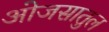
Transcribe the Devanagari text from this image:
ओजसातुल